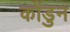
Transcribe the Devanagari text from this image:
कोंडुन